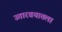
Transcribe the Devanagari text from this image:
उतारवयातला